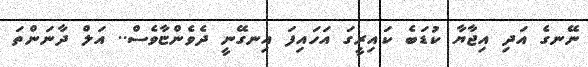
ނޭނގެ އަދި އިޖާޔާ ކުޑަބެ ކައިރީގަ އަހައިފަ އިނގޭނީ ދެވެންޏާވެސް.. އަލް ދާނަންތަ